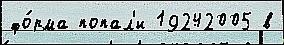
фо́рма попал'и 19242005 в